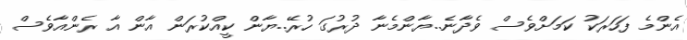
އެންމެ ފަހަރަކު ކަމަށްވެސް ވެދާނެ..ޔާންމެނާ ދުރުގަ ހުރޭ..ޔާން ކީއްކުރަން އާން އާ ރެންއާވެސް